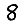
Digit: 8